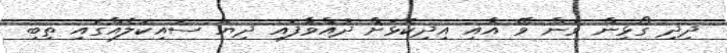
ދިދި ގޯޅިން ވަން ވޭ އާއި އިދިކޮޅަށް ދުއްވާފައި ދިޔަ ސައިކަލެއްގައި ތިބި